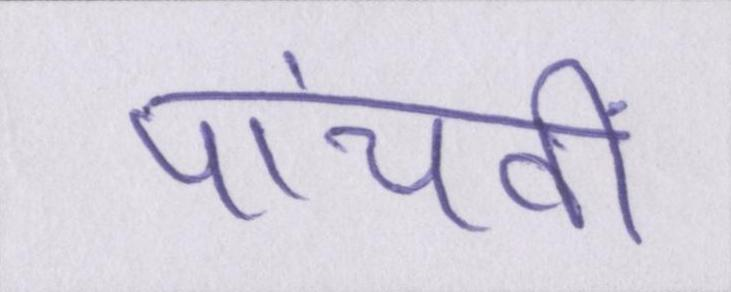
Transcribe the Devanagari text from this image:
पांचवीं